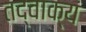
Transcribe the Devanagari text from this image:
तद्वाक्यं